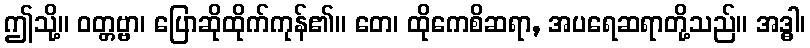
ဤသို့။ ဝတ္တဗ္ဗာ၊ ပြောဆိုထိုက်ကုန်၏။ တေ၊ ထိုကေစိဆရာ, အပရေဆရာတို့သည်။ အဒ္ဓါ၊